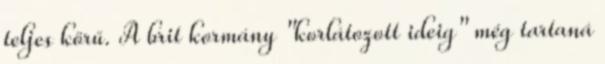
teljes körű. A brit kormány "korlátozott ideig" még tartaná